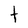
Character: t